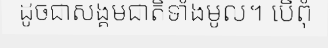
ដូចជាសង្គមជាតិទាំងមូល។ បើពុំ